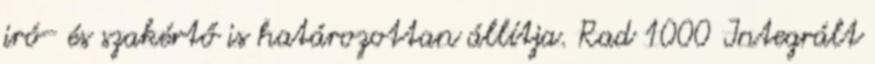
iró- és szakértő is határozottan állítja. Rad 1000 Integrált